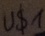
Text: U$1